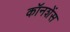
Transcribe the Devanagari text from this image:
कॉनशेंस